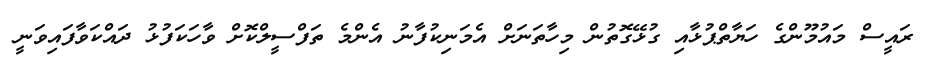
ރައީސް މައުމޫންގެ ހަޔާތްޕުޅާއި ގުޅޭގޮތުން މިހާތަނަށް އެމަނިކުފާނު އެންމެ ތަފްސީލްކޮށް ވާހަކަފުޅު ދައްކަވާފައިވަނީ